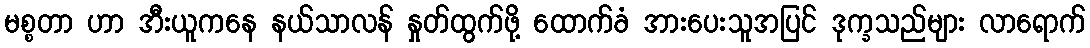
မစ္စတာ ဟာ အီးယူကနေ နယ်သာလန် နှုတ်ထွက်ဖို့ ထောက်ခံ အားပေးသူအပြင် ဒုက္ခသည်များ လာရောက်